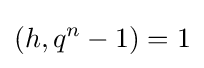
(h,q^{n}-1)=1